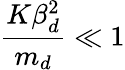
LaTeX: \frac{K\beta_{d}^{2}}{m_{d}}\ll 1